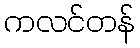
ကလင်တန်